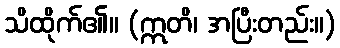
သိထိုက်၏။ (ဣတိ၊ အပြီးတည်း။)